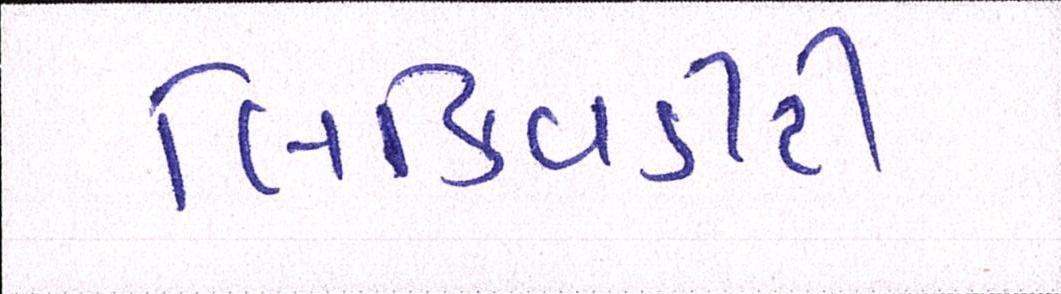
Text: લિક્વિડીટી